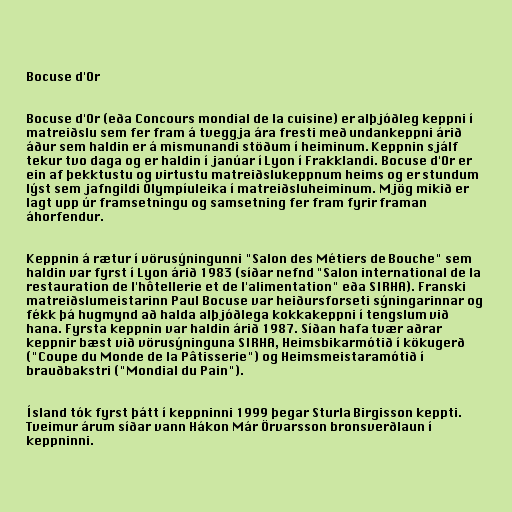
Bocuse d'Or

Bocuse d'Or (eða Concours mondial de la cuisine) er alþjóðleg keppni í
matreiðslu sem fer fram á tveggja ára fresti með undankeppni árið
áður sem haldin er á mismunandi stöðum í heiminum. Keppnin sjálf
tekur tvo daga og er haldin í janúar í Lyon í Frakklandi. Bocuse d'Or er
ein af þekktustu og virtustu matreiðslukeppnum heims og er stundum
lýst sem jafngildi Ólympíuleika í matreiðsluheiminum. Mjög mikið er
lagt upp úr framsetningu og samsetning fer fram fyrir framan
áhorfendur.

Keppnin á rætur í vörusýningunni "Salon des Métiers de Bouche" sem
haldin var fyrst í Lyon árið 1983 (síðar nefnd "Salon international de la
restauration de l'hôtellerie et de l'alimentation" eða SIRHA). Franski
matreiðslumeistarinn Paul Bocuse var heiðursforseti sýningarinnar og
fékk þá hugmynd að halda alþjóðlega kokkakeppni í tengslum við
hana. Fyrsta keppnin var haldin árið 1987. Síðan hafa tvær aðrar
keppnir bæst við vörusýninguna SIRHA, Heimsbikarmótið í kökugerð
("Coupe du Monde de la Pâtisserie") og Heimsmeistaramótið í
brauðbakstri ("Mondial du Pain").

Ísland tók fyrst þátt í keppninni 1999 þegar Sturla Birgisson keppti.
Tveimur árum síðar vann Hákon Már Örvarsson bronsverðlaun í
keppninni.